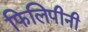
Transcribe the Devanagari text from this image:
फिलिपीनी